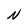
Character: N